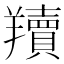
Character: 𦏢